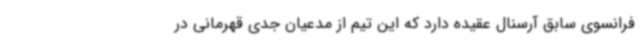
فرانسوی سابق آرسنال عقیده دارد که این تیم از مدعیان جدی قهرمانی در